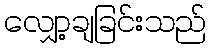
လျှော့ချခြင်းသည်